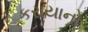
કરાયાનો